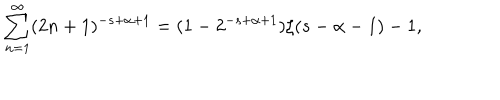
\sum _ { n = 1 } ^ { \infty } ( 2 n + 1 ) ^ { - s + \alpha + 1 } = ( 1 - 2 ^ { - s + \alpha + 1 } ) \zeta ( s - \alpha - 1 ) - 1 ,